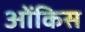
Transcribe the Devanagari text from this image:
ओंकिस